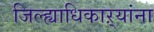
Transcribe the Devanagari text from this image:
जिल्ह्याधिकाऱ्यांना